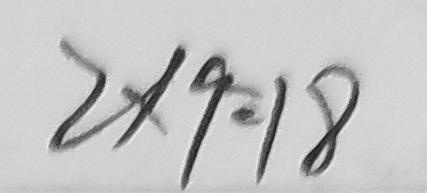
2 \times 9 = 1 8